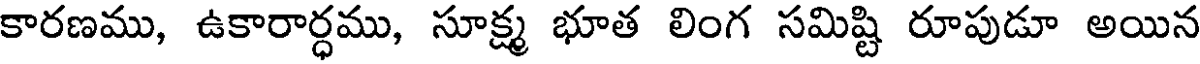
కారణము, ఉకారార్ధము, సూక్ష్మ భూత లింగ సమిష్టి రూపుడూ అయిన